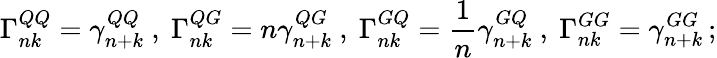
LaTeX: \Gamma_{nk}^{QQ}=\gamma_{n+k}^{QQ}\ ,\ \Gamma_{nk}^{QG}=n\gamma_{n+k}^{QG}\ ,\ \Gamma_{nk}^{GQ}=\frac{1}{n}\gamma_{n+k}^{GQ}\ ,\ \Gamma_{nk}^{GG}=\gamma_{n+k}^{GG}\, ;